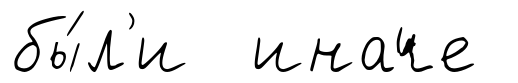
бы́л'и иначе